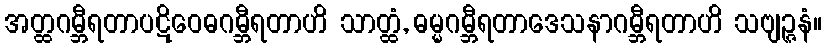
အတ္ထဂမ္ဘီရတာပဋိဝေဓဂမ္ဘီရတာဟိ သာတ္ထံ, ဓမ္မဂမ္ဘီရတာဒေသနာဂမ္ဘီရတာဟိ သဗျဉ္ဇနံ။